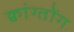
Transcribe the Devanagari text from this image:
क्वांग्तोंग